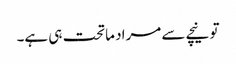
تو نیچے سے مراد ماتحت ہی ہے۔